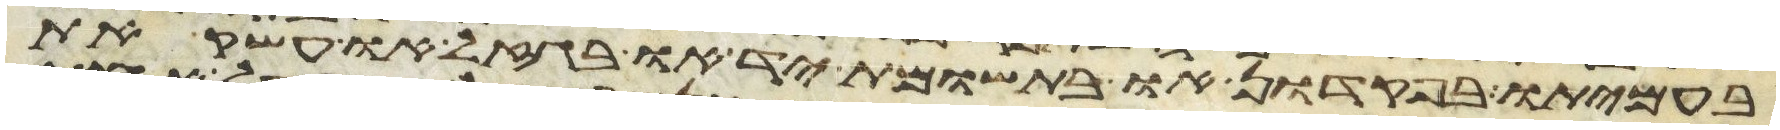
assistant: בעמיתו בפקדון או בתשומת יד או בגזל או עשק את